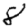
Digit: 8